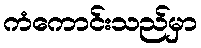
ကံကောင်းသည်မှာ